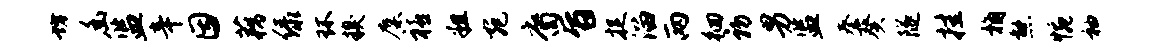
坊幽监辛因藕绿环糗麋禧粗宛裔旨捉溜两徊初男监奏葵隧挂桷熊惋袖